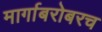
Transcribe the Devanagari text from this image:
मार्गाबरोबरच